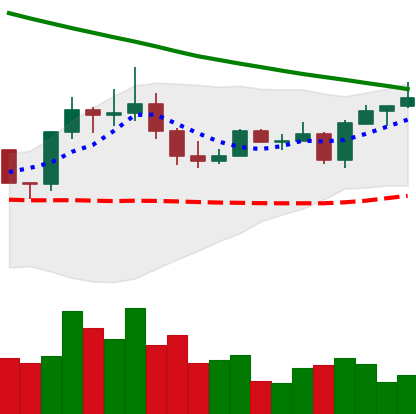
Ticker: EOS-USD
Chart end date: 2022-08-13
Forward return: 9.396%
Label: up_7plus